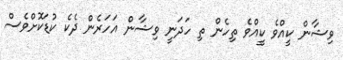
ވިޝާން ކީއްވެ ކީއްވެ ތިހެން ތި ހަދަނީ ވިޝާން އަަހަރެން ދެކެ ކުޑަކޮށްވެސް